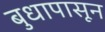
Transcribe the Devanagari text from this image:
बुधापासून